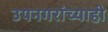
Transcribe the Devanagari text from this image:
उपनगरांच्याही